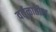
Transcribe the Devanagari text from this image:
वर्तूळातील